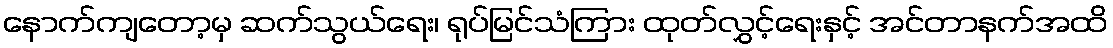
နောက်ကျတော့မှ ဆက်သွယ်ရေး၊ ရုပ်မြင်သံကြား ထုတ်လွှင့်ရေးနှင့် အင်တာနက်အထိ